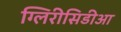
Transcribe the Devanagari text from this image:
ग्लिरीसिडीआ